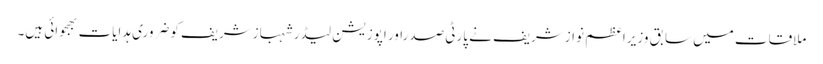
ملاقات میں سابق وزیراعظم نوازشریف نے پارٹی صدراور اپوزیشن لیڈرشہبازشریف کوضروری ہدایات بھجوائی ہیں۔